Calcutta medical institutions reports 1892-1900
Year: 1892
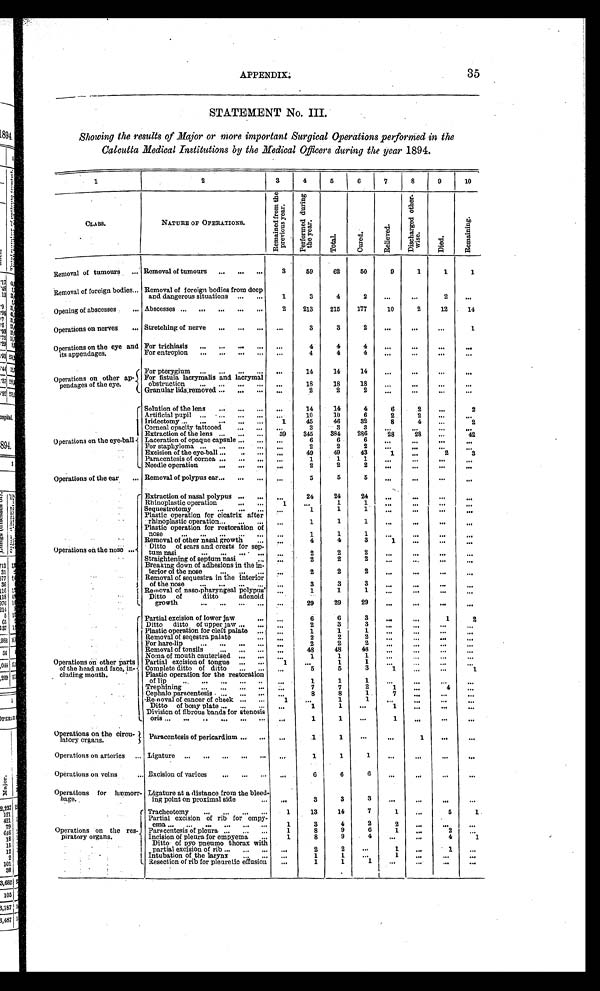
APPENDIX.
35
STATEMENT No. III.
Showing the results of Major or more important Surgical Operations performed in the
Calcutta Medical Institutions by the Medical Officers during the year 1894.
1
2
3
4
5
6
7
8
9
1 0
CLASS.
NATURE OF OPERATIONS.
R e m a i n e d f r o m t h e p r e v i o u s y e a r .
P e r f o r m e d d u r i n g t h e y e a r .
T o t a l . .
C u r e d .
R e l i e v e d .
D i s c h a r e d o t h e r w i s e .
D i e d .
R e m a i n i n g .
Removal of tumours . . .
Removal of tumours . . .
3
59
62
50
9
1
1
1
Removal of foreign bodies . . . Removal of foreign bodies from deep
and dangerous situations . . .
1
3
4
2
. . .
. . .
2
. . .
Opening of abscesses . . .
Abscesses . . .
2
213
215
177
10
2
12
1 4
Operations on nerves . . .
Stretching of nerve . . .
. . .
3
3
2
. . .
. . .
. . .
1
Operations on the eye and
its appendages .
For trichiasis . . .
. . .
4
4
4
. . .
. . .
. . .
. . .
For entropion . . .
. . .
4
4
4
. . .
. . .
. . .
. . .
Operations on other ap-
pendages of the eye.
For pterygium . . .
. . .
14
14
14
. . .
. . .
. . .
. . .
For fistula lacrymalis and lacrymal
obstruction . . .
. . .
18
18
18
. . .
. . .
. . .
. . .
Granular lids removed . . .
. . .
2
2
2
. . .
. . .
. . .
. . .
Operations on the eye-ball
Solution of the lens . . .
. . .
14
14
4
6
2
. . .
2
Artificial pupil . . .
. . .
10
10
6
2
2
. . .
. . .
Iridectomy . . .
1
45
46
32
8
4
. . .
2
Corneal opacity tattooed . . .
. . .
3
3
3
. . .
. . .
. . .
. . .
Extraction of the lens . . .
39
345
384
286
28
28
. . .
42
Laceration of opaque capsule . . .
. . .
6
6
6
. . .
. . .
. . .
. . .
For staphyloma . . .
. . .
2
2
2
. . .
. . .
. . .
. . .
Excision of the eye-ball . . .
. . .
49
49
43
1
. . .
2
3
Paracentesis of cornea . . .
. . .
1
1
1
. . .
. . .
. . .
. . .
Needle operation . . .
. . .
2
2
2
. . .
. . .
. . .
. . .
Operations of the ear . . . Removal of polypus ear . . .
. . .
5
5
5
. . .
. . .
. . .
. . .
Operations on the nose . . .
Extraction of nasal polypus . . .
. . .
24
24
24
. . .
. . .
. . .
. . .
Rhinoplastic operation. . .
1
. . .
1
1
. . .
. . .
. . .
. . .
Sequestrotomy . . .
. . .
1
1
1
. . .
. . .
. . .
. . .
Plastic operation for cicatrix after
rhinoplastic operation . . .
. . .
1
1
1
. . .
. . .
. . .
. . .
Plastic operation for restoration of
nose . . .
. . .
1
1
1
. . .
. . .
. . .
. . .
Removal of other nasal growth . . .
. . .
4
4
3
1
. . .
. . .
. . .
Ditto of scars and crests for sep-
tum nasi . . .
. . .
2
2
2
. . .
. . .
. . .
. . .
Straightening of septum nasi . . .
. . .
2
2
2
. . .
. . .
. . .
. . .
Breaking down of adhesions in the in
-
t e r i o r o f t h e n o s e . . .
. . .
2
2
2
. . .
. . .
. . .
. . .
Removal of sequestra in the interior
of the nose . . .
. . .
3
3
3
. . .
. . .
. . .
. . .
Removal of naso-pharyngeal polypus
. . .
1
1
1
. . .
. . .
. . .
. . .
Ditto of ditto adenoid
g r o w t h . . .
. . .
29
29
29
. . .
. . .
. . .
. . .
Operations on other parts
of the head and face, in-
cluding mouth . . .
Partial excision of lower jaw . . .
. . .
6
6
3
. . .
. . .
1
2
Ditto ditto of upper jaw . . .
. . .
2
3
3
. . .
. . .
. . .
. . .
Plastic operation for cleft palate . . .
. . .
1
1
1
. . .
. . .
. . .
. . .
Removal of seqestra palate . . .
. . .
2
2
2
. . .
. . .
. . .
. . .
F o r h a r e - l i p . . .
. . .
2
2
2
. . .
. . .
. . .
. . .
Removal of tonsils . . .
. . .
48
48
48
. . .
. . .
. . .
. . .
Noma of mouth cauterised . . .
. . .
1
1
1 . . .
. . .
. . .
. . .
Partial excision of tongue . . .
1
. . .
1
1
. . .
. . .
. . .
. . .
Complete ditto of ditto . . .
. . . 5
5
3
1
. . .
. . .
1
Plastic operation for the restoration
of lip . . .
. . .
1
1
1
. . .
. . .
. . .
. . .
T r e p h i n i n g . . .
. . .
7
7
2
1
. . .
4
. . .
Cephalo paracentesis . . .
. . .
8
8
1
7
. . .
. . .
. . .
Removal of cancer of cheek . . .
1
. . .
1
1
. . .
. . .
. . .
. . .
Ditto of bony plate . . .
. . .
1
1
. . .
1
. . .
. . .
. . .
Division of fibrous bands for stenosis
oris . . .
. . .
1
1
. . .
1
. . .
. . .
. . .
Operations on the circu-
latory organs . . .
Paracentesis of pericardium . . .
. . .
1
1
. . .
. . .
1
. . .
. . .
Operations on arteries . . . Ligature . . .
. . .
1
1
1
. . .
. . .
. . .
. . .
Operations on veins . . . Excision of varices . . .
. . .
6
6
6
. . .
. . .
. . .
. . .
Operations for hæmorr-
hage.
Ligature at a distance from the bleed
-
ing point on proximal side . . .
. . .
3
3
3
. . .
. . .
. . .
. . .
Operations on the res-
piratory organs.
Tracheotomy . . .
1
13
14
7
1
. . .
5
. . .
Partial excision of rib for empy-ema . . .
1
3
4
2
2
. . .
. . .
. . .
Paracentesis of pleura . . .
1
8
9
6
1
. . .
2
. . .
Incision of pleura for empyema . . .
1
8
9
4
. . .
. . .
4
1
Ditto of pyo pneumo thorax with
partial excision of rib . . .
. . .
2
2
. . .
1
. . .
1
. . .
Intubation of the larynx . . .
. . .
1
1
. . .
1
. . .
. . .
. . .
Resection of rib for pleuretic effusion . . .
. . .
1
1
1
. . .
. . .. . .
. . .